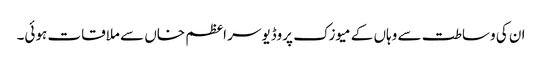
ان کی وساطت سے وہاں کے میوزک پروڈیوسر اعظم خاں سے ملاقات ہوئی۔